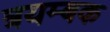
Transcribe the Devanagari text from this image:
त्रयम्बक